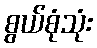
စွယ်စုံသုံး